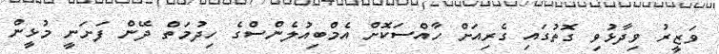
ވަޒީރު ވިދާޅުވި ގޮތުގައި ގެރިއަށް ހާއްސަކޮށް އެމްބިއުލެންސްގެ ހިދުމަތް ދޭން ފަށަނީ މުޅީން